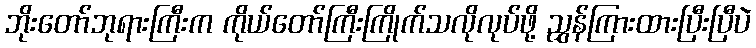
ဘိုးတော်ဘုရားကြီးက ကိုယ်တော်ကြီးကြိုက်သလိုလုပ်ဖို့ ညွှန်ကြားထားပြီးပြီပဲ